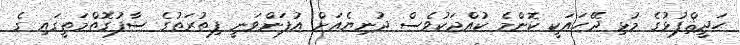
ޙަދީޘްފުޅުގެ މުޅި ދޭހައަކީ ކޮންމެ ކުއްޖަކުވެސް ދުނިޔެއަށް އުފަންވަނީ ފިޠުރަތުގެ ސާފުގޮތްމަތީގައި ގެ